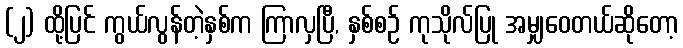
(၂) ထို့ပြင် ကွယ်လွန်တဲ့နှစ်က ကြာလှပြီ, နှစ်စဉ် ကုသိုလ်ပြု အမျှဝေတယ်ဆိုတော့